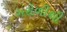
ગરોળીથી